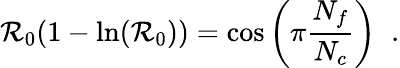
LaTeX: \mathcal{R}_{0}(1-\ln(\mathcal{R}_{0}))=\cos\left(\pi\frac{{N_{f}}}{{N_{c}}}\right)\; \; .